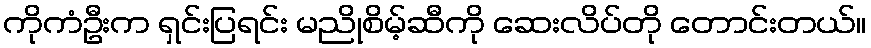
ကိုကံဦးက ရှင်းပြရင်း မညိုစိမ့်ဆီကို ဆေးလိပ်တို တောင်းတယ်။